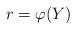
LaTeX: \begin{align*}r = \varphi(Y)\end{align*}